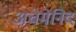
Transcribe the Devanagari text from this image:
अचेमेनिद